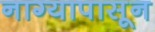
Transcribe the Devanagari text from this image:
नाग्यापासून